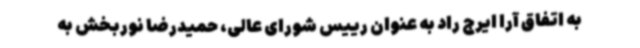
به اتفاق آرا ایرج راد به عنوان رییس شورای عالی، حمیدرضا نوربخش به